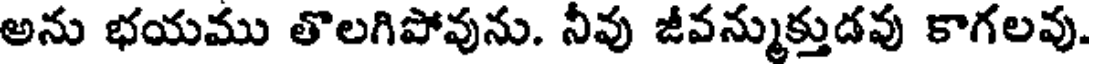
అను భయము తొలగిపోవును. నీవు జీవన్ముక్తుడవు కాగలవు.